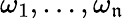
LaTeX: \omega_{1},\ldots,\omega_{\mathfrak{n}}